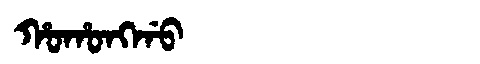
Manchu: ᡥᠣᡥᠣᠩᡤᠣ
Romanization: HOHONGGO